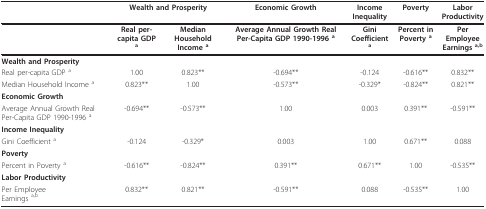
|  | <COLSPAN=2> Wealth and Prosperity | Economic Growth | Income Inequality | Poverty | Labor Productivity |
 | --- | --- | --- | --- | --- | --- | --- |
 |  | Real per-capita GDP a | Median Household Income a | Average Annual Growth Real Per-Capita GDP 1990-1996 a | Gini Coefficient a | Percent in Poverty a | Per EmployeeEarnings a,b |
 | Wealth and Prosperity |  |  |  |  |  |  |
 | Real per-capita GDP a | 1.00 | 0.823** | -0.694** | -0.124 | -0.616** | 0.832** |
 | Median Household Income a | 0.823** | 1.00 | -0.573** | -0.329* | -0.824** | 0.821** |
 | Economic Growth |  |  |  |  |  |  |
 | Average Annual Growth Real Per-Capita GDP 1990-1996 a | -0.694** | -0.573** | 1.00 | 0.003 | 0.391** | -0.591** |
 | Income Inequality |  |  |  |  |  |  |
 | Gini Coefficient a | -0.124 | -0.329* | 0.003 | 1.00 | 0.671** | 0.088 |
 | Poverty |  |  |  |  |  |  |
 | Percent in Poverty a | -0.616** | -0.824** | 0.391** | 0.671** | 1.00 | -0.535** |
 | Labor Productivity |  |  |  |  |  |  |
 | Per EmployeeEarnings a,b | 0.832** | 0.821** | -0.591** | 0.088 | -0.535** | 1.00 |